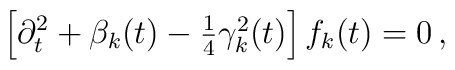
\left[\partial_t^2+\beta_k(t)-\textstyle{1\over 4}\gamma_k^2(t)\right]f_k(t)=0\,,